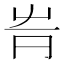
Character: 𡴊